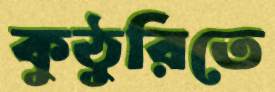
কুঠুরিতে